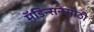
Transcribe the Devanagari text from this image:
मॅडिन्सनसाठी